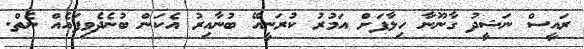
ރައީސް ނަޝީދު ގާނޫނާ ހިލާފަށް އަމުރު ކުރަނީއޭ ބުނާއިރު އެކަން ބުނެދެވިފައެއް ނެތް.